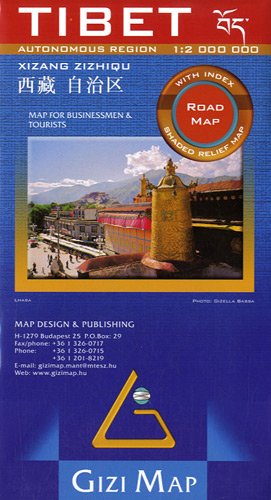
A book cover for Tibet 1/2m (road map) Gizi; Collectif; Travel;